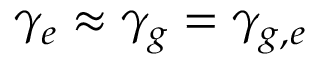
\gamma _ { e } \approx \gamma _ { g } = \gamma _ { g , e }